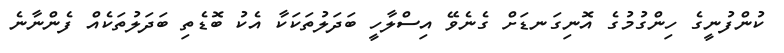
ކުންފުނީގެ ހިންގުމުގެ އޮނިގަނޑަށް ގެނެވޭ އިސްލާހީ ބަދަލުތަކަކާ އެކު ބޮޑެތި ބަދަލުތަކެއް ފެންނާނެ